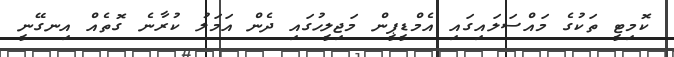
ކޮމިޓީ ތަކުގެ މައްސަލައިގައި އެމްޑީޕީން މަޖިލީހުގައި ދެން އަމަލު ކުރާނެ ގޮތެއް އިނގޭނީ